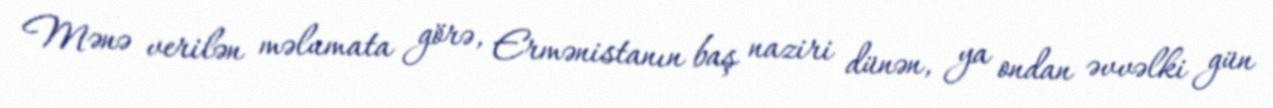
Mənə verilən məlumata görə, Ermənistanın baş naziri dünən, ya ondan əvvəlki gün